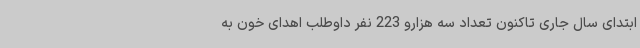
ابتدای سال جاری تاکنون تعداد سه هزارو 223 نفر داوطلب اهدای خون به